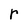
Character: r